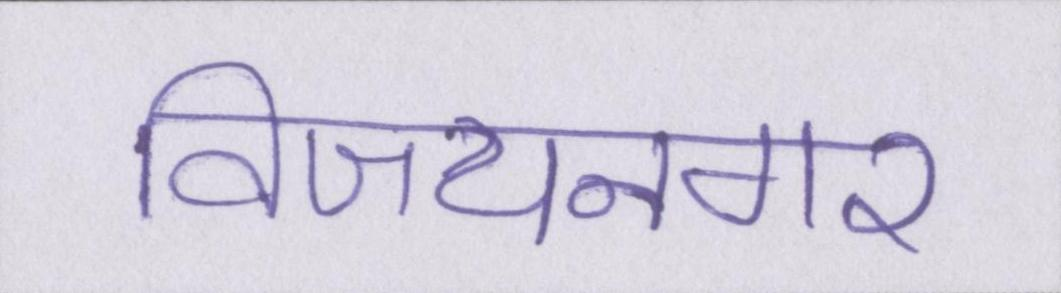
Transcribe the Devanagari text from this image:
विजयनगर